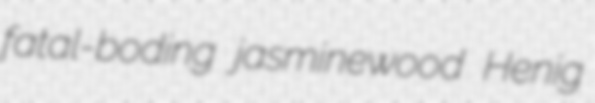
fatal-boding jasminewood Henig